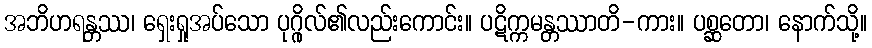
အဘိဟရန္တဿ၊ ရှေးရှုအပ်သော ပုဂ္ဂိုလ်၏လည်းကောင်း။ ပဋိက္ကမန္တဿာတိ-ကား။ ပစ္ဆတော၊ နောက်သို့။